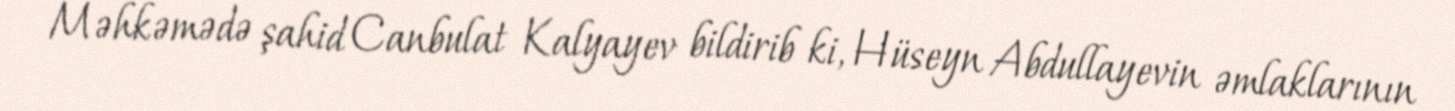
Məhkəmədə şahid Canbulat Kalyayev bildirib ki, Hüseyn Abdullayevin əmlaklarının